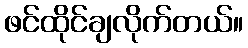
ဖင်ထိုင်ချလိုက်တယ်။